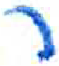
אות: ר